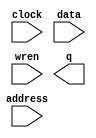
module audio_ram (
	address,
	clock,
	data,
	wren,
	q);

	input	[17:0]  address;
	input	  clock;
	input	[5:0]  data;
	input	  wren;
	output	[5:0]  q;
`ifndef ALTERA_RESERVED_QIS
// synopsys translate_off
`endif
	tri1	  clock;
`ifndef ALTERA_RESERVED_QIS
// synopsys translate_on
`endif

endmodule